Report of the Indian Hemp Drugs Commission, 1894-1895 - Volume V
Year: 1894
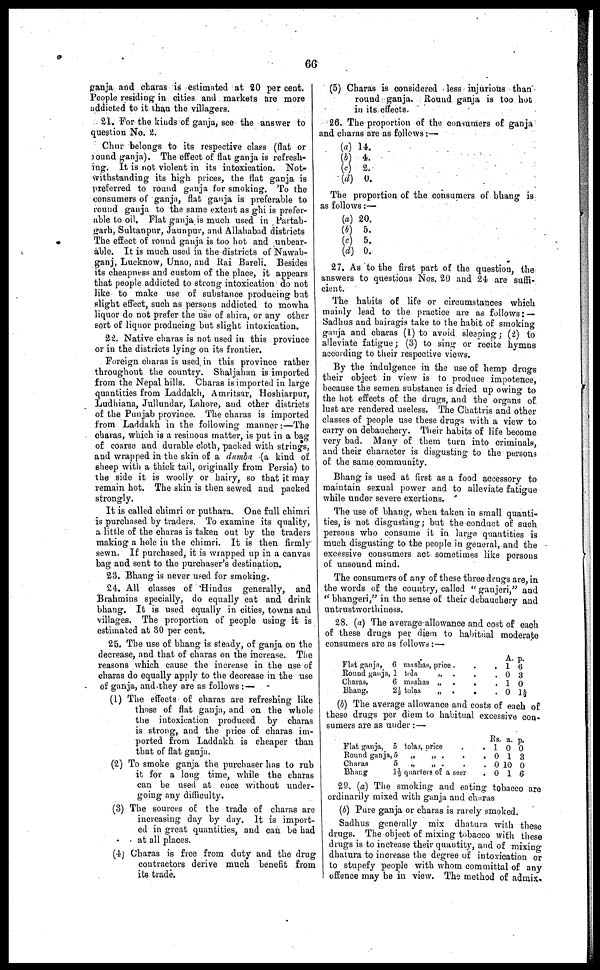
66
ganja and charas is estimated at 20 per cent.
People residing in cities and markets are more
addicted to it than the villagers.
21. For the kinds of ganja, see the answer to
question No. 2.
Chur belongs to its respective class (flat or
round ganja). The effect of flat ganja is refresh-
ing. It is not violent in its intoxication. Not-
withstanding its high prices, the flat ganja is
preferred to round ganja for smoking. To the
consumers of ganja, flat ganja is preferable to
round ganja to the same extent as ghi is prefer-
able to oil. Flat ganja is much used in Partab-
garh, Sultanpur, Jaunpur, and Allahabad districts
The effect of round ganja is too hot and unbear-
able. It is much used in the districts of Nawab-
ganj, Lucknow, Unao, and Rai Bareli. Besides
its cheapness and custom of the place, it appears
that people addicted to strong intoxication do not
like to make use of substance producing but
slight effect, such as persons addicted to mowha
liquor do not prefer the use of shira, or any other
sort of liquor producing but slight intoxication.
22. Native charas is not used in this province
or in the districts lying on its frontier.
Foreign charas is used in this province rather
throughout the country. Shaljahan is imported
from the Nepal hills. Charas is imported in large
quantities from Laddakh, Amritsar, Hoshiarpur,
Ludhiana, Jullundar, Lahore, and other districts
of the Punjab province. The charas is imported
from Laddakh in the following manner :—The
charas, which is a resinous matter, is put in a bag
of coarse and durable cloth, packed with strings,
and wrapped in the skin of a dumba (a kind of
sheep with a thick tail, originally from Persia) to
the side it is woolly or hairy, so that it may
remain hot. The skin is then sewed and packed
strongly.
It is called chimri or puthars. One full chimri
is purchased by traders. To examine its quality,
a little of the charas is taken out by the traders
making a hole in the chimri. It is then firmly
sewn. If purchased, it is wrapped up in a canvas
bag and sent to the purchaser's destination.
23. Bhang is never used for smoking.
24. All classes of Hindus generally, and
Brahmins specially, do equally eat and drink
bhang. It is used equally in cities, towns and
villages. The proportion of people using it is
estimated at 30 per cent.
25. The use of bhang is steady, of ganja on the
decrease, and that of charas on the increase. The
reasons which cause the increase in the use of
charas do equally apply to the decrease in the use
of ganja, and they are as follows :—
(1) The effects of charas are refreshing like
those of flat ganja, and on the whole
the intoxication produced by charas
is strong, and the price of charas im-
ported from Laddakh is cheaper than
that of flat ganja.
(2) To smoke ganja the purchaser has to rub
it for a long time, while the charas
can be used at once without under-
going any difficulty.
(3) The sources of the trade of charas are
increasing day by day. It is import-
ed in great quantities, and can be had
at all places.
(4) Charas is free from duty and the drug
contractors derive much benefit from
its trade.
(5) Charas is considered less injurious than
round ganja. Round ganja is too hot
in its effects.
26. The proportion of the consumers of ganja
and charas are as follows :—
(a)
(b)
(c)
(d)
14.
4.
2.
0.
The proportion of the consumers of bhang is
as follows :—
(a)
(b)
(c)
(d)
20.
5.
5.
0.
27. As to the first part of the question, the
answers to questions Nos. 20 and 24 are suffi-
cient.
The habits of life or circumstances which
mainly lead to the practice are as follows :—
Sadhus and bairagis take to the habit of smoking
ganja and charas (1) to avoid sleeping ; (2) to
alleviate fatigue ; (3) to sing or recite hymns
according to their respective views.
By the indulgence in the use of hemp drugs
their object in view is to produce impotence,
because the semen substance is dried up owing to
the hot effects of the drugs, and the organs of
lust are rendered useless. The Chattris and other
classes of people use these drugs with a view to
carry on debauchery. Their habits of life become
very bad. Many of them turn into criminals,
and their character is disgusting to the persons
of the same community.
Bhang is used at first as a food accessory to
maintain sexual power and to alleviate fatigue
while under severe exertions.
The use of bhang, when taken in small quanti-
ties, is not disgusting; but the conduct of such
persons who consume it in large quantities is
much disgusting to the people in general, and the
excessive consumers act sometimes like persons
of unsound mind.
The consumers of any of these three drugs are, in
the words of the country, called "ganjeri," and
"bhangeri," in the sense of their debauchery and
untrustworthiness.
28. (a) The average allowance and cost of each
of these drugs per diem to habitual moderate
consumers are as follows :—
Flat ganja,
Round ganja,
Charas,
Bhang,
6 mashas, price . .
1 tola
„ . .
6 mashas „ .
.
2½ tolas
„
.
.
A.
. 1
. 0
. 1
. 0
p.
6
3
0
1½
(b) The average allowance and costs of each of
these drugs per diem to habitual excessive con-
sumers are as under :—
Flat ganja,
Round ganja,
Charas
Bhang
5 tola3, price . .
5 „
„ . . .
5 „ „ . . .
1½ quarters of a seer
.
Rs. a. p.
1 0 0
0 1 3
0 10 0
0 1 6
29. (a) The smoking and eating tobacco are
ordinarily mixed with ganja and charas
(b) Pure ganja or charas is rarely smoked.
Sadhus generally mix dhatura with these
drugs. The object of mixing tobacco with these
drugs is to increase their quantity, and of mixing
dhatura to increase the degree of intoxication or
to stupefy people with whom committal of any
offence may be in view. The method of admix-